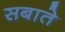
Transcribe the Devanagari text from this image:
सबाते